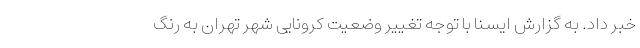
خبر داد. به گزارش ایسنا با توجه تغییر وضعیت کرونایی شهر تهران به رنگ